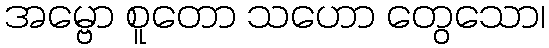
အမ္ဗော စူတော သဟော တွေသော၊